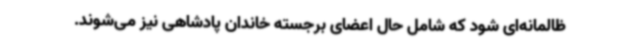
ظالمانه‌ای شود که شامل حال اعضای برجسته خاندان پادشاهی نیز می‌شوند.